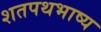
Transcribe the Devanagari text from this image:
शतपथभाष्य